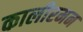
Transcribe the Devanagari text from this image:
कालीरमन